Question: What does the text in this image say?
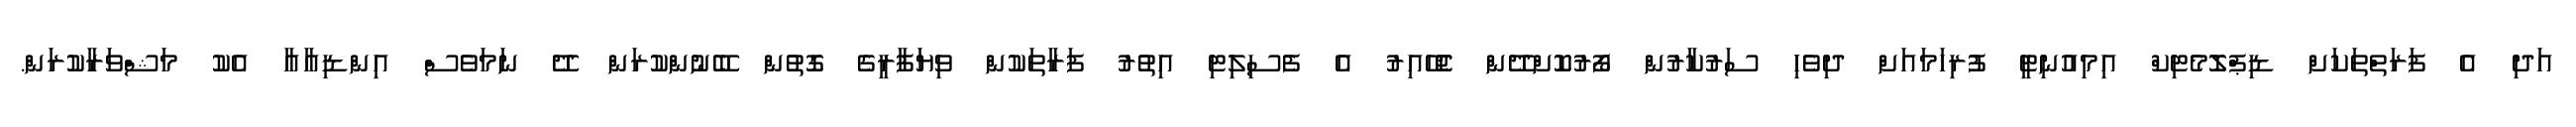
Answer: އަދި އެ ފަރަތްތަކަށް ޑިޕްލޮމެޓިކް އިމިއުނިޓީ ފުރިހަމައަށް ދިވެހި ސަރުކާރުން ފޯރުކޮށްދޭން ޖެހޭއިރު އެ ފެސިލިޓި އިތުރު ފަރާތަކުން ވިޔަފާރީގެ ގޮތުން ބޭނުންކުރަން ދޭ ނަމަވެސް އިންޑިއާއާ އެކު މަޝްވަރާކުރަން.